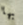
بها